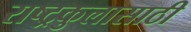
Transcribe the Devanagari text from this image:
राष्ट्रकुलासाठी